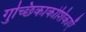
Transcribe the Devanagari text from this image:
गुच्छिकाकोशिकाएँ